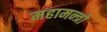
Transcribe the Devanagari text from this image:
महामन्त्रो